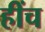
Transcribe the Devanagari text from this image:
हींच